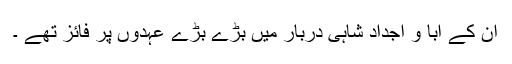
ان کے آبا و اجداد شاہی دربار میں بڑے بڑے عہدوں پر فائز تھے ۔